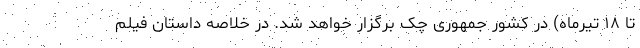
تا ۱۸ تیرماه) در کشور جمهوری چک برگزار خواهد شد. در خلاصه داستان فیلم